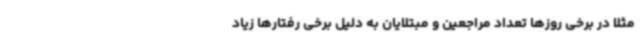
مثلا در برخی روزها تعداد مراجعین و مبتلایان به دلیل برخی رفتارها زیاد